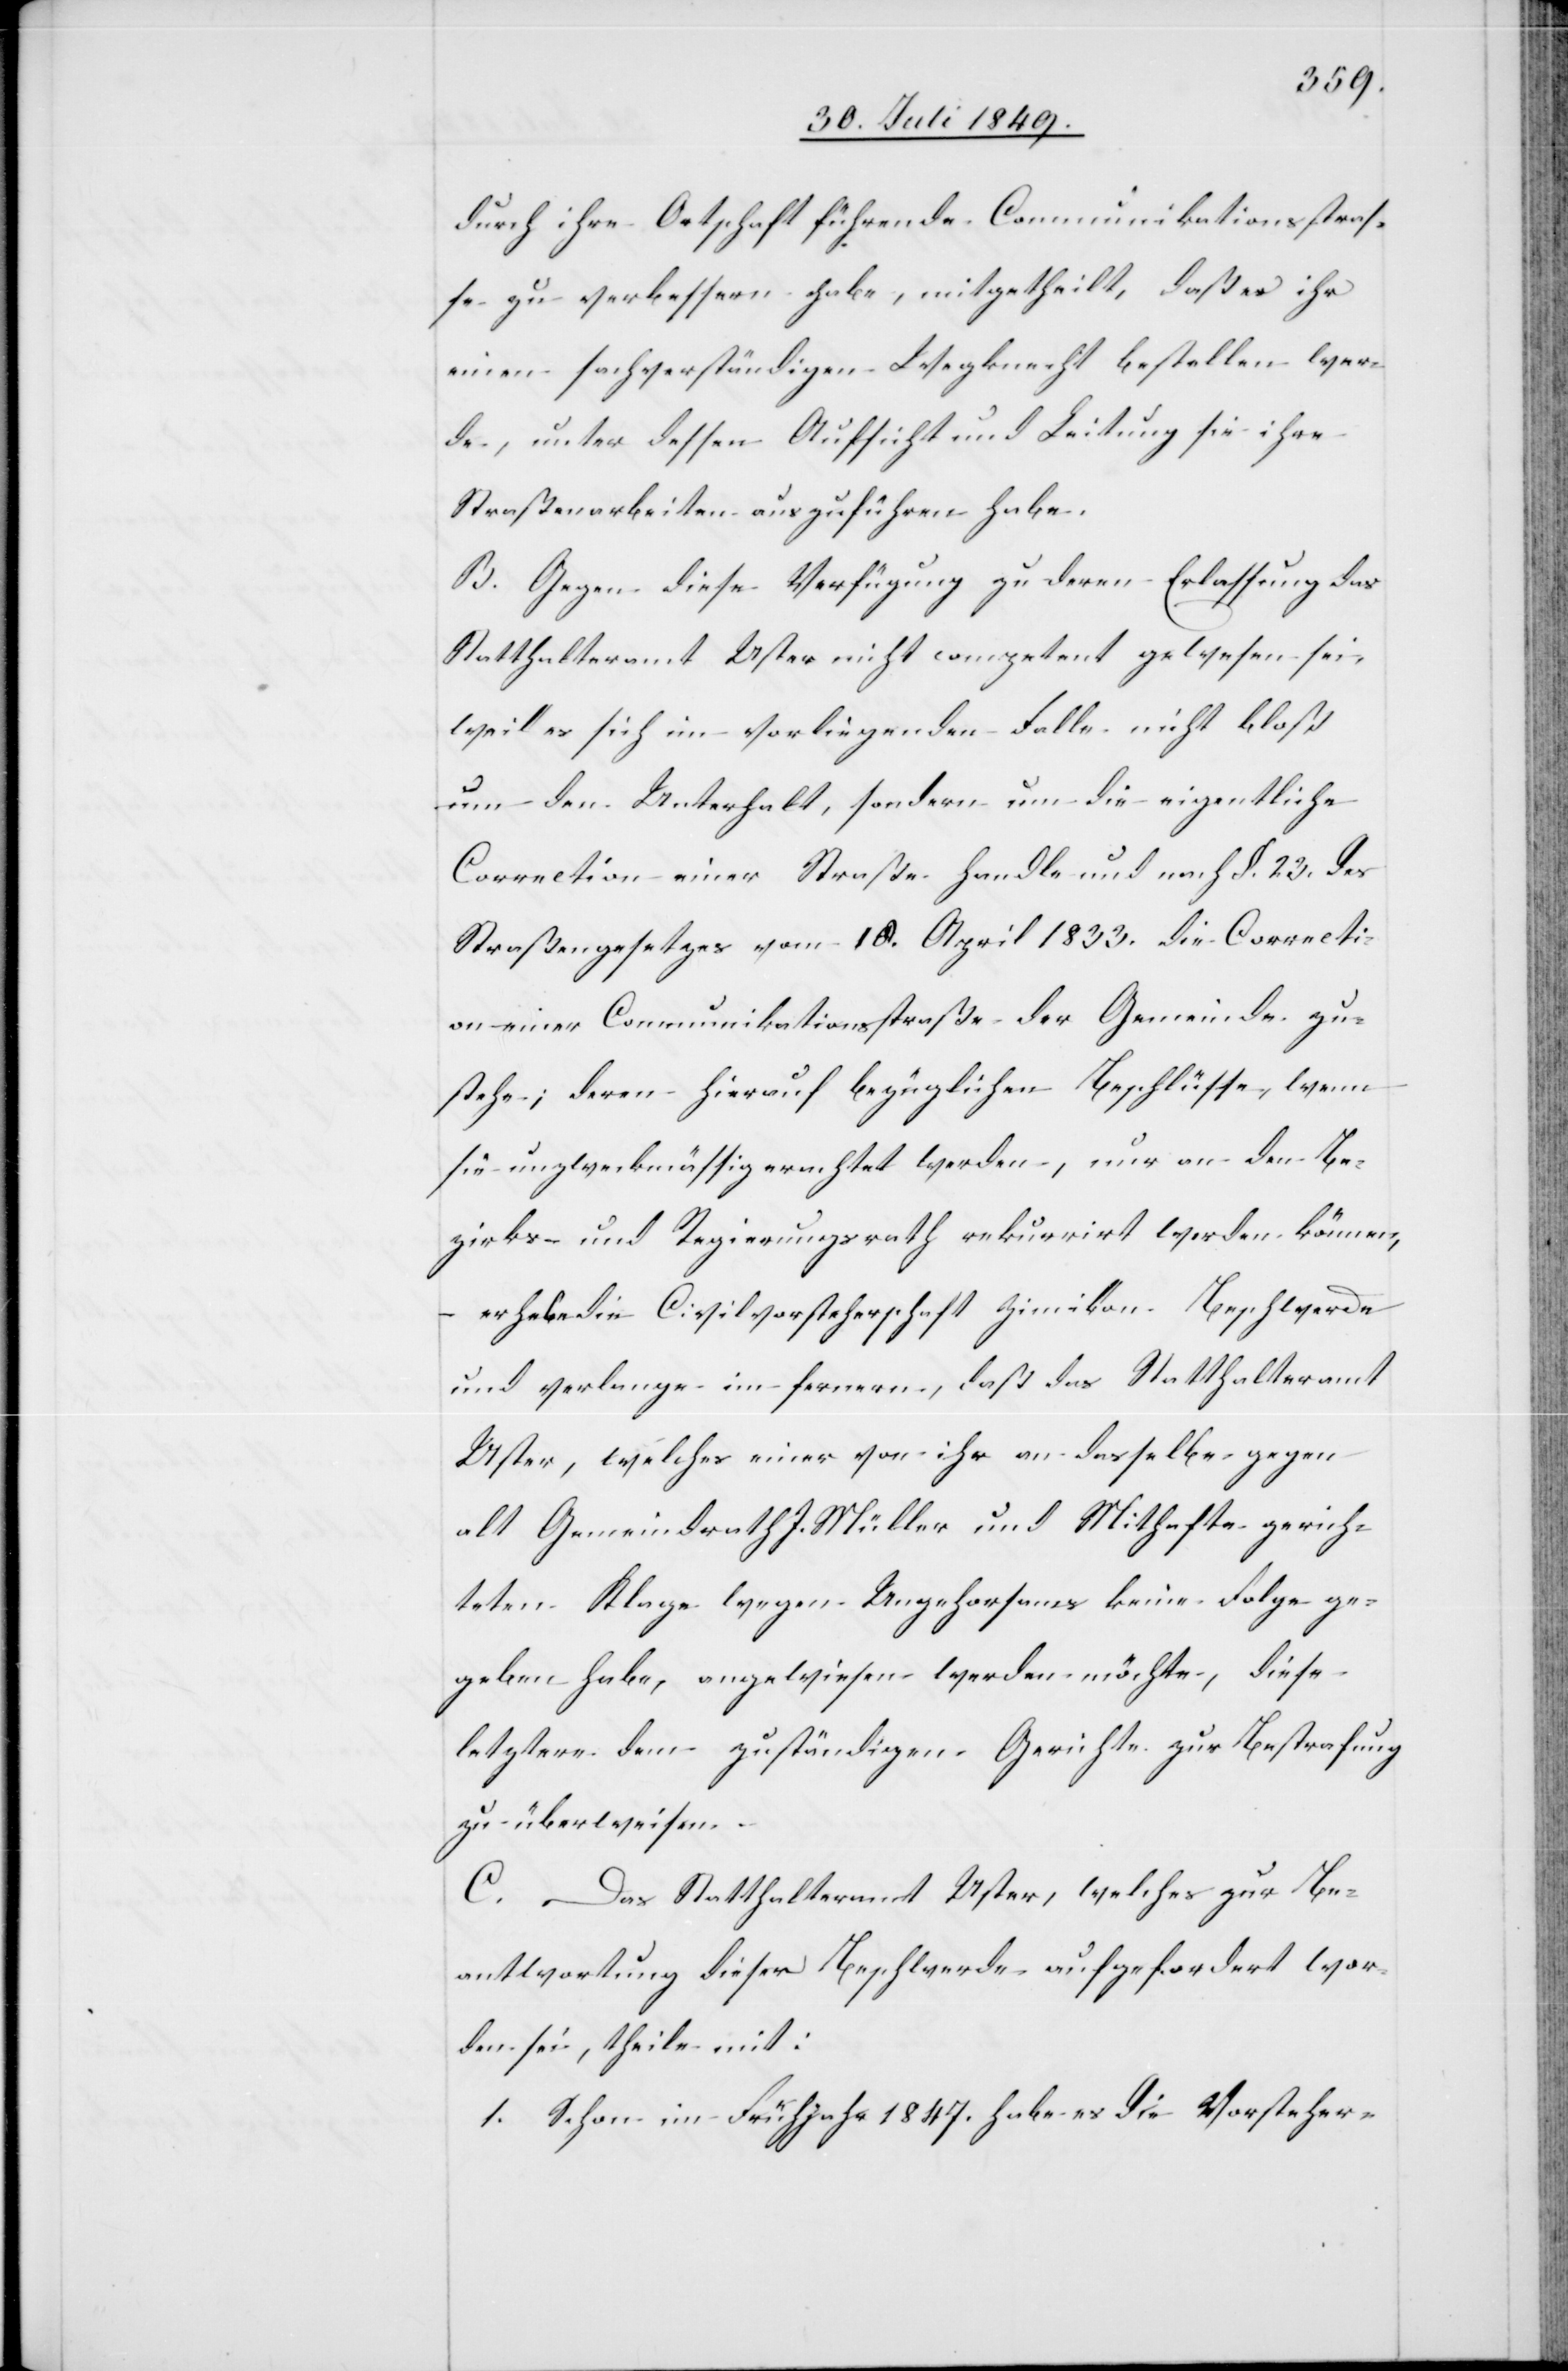
durch ihre Ortschaft führende Communikationsstras¬
se zu verbessern habe, mitgetheilt, daß es ihr
einen sachverständigen Wegknecht bestellen wer¬
de, unter dessen Aufsicht und Leitung sie ihre
Straßenarbeiten auszuführen habe.
B. Gegen diese Verfügung zu deren Erlassung das
Statthalteramt Uster nicht competent gewesen sei,
weil es sich im vorliegenden Falle nicht bloß
um den Unterhalt, sondern um die eigentliche
Correction einer Straße handle und nach §. 23. des
Straßengesetzes vom 10. April 1833. die Correcti¬
on einer Communikationsstraße der Gemeinde zu¬
stehe; deren hierauf bezüglichen Beschlüsse, wenn
sie unzweckmässig erachtet werden, nur an den Be¬
zirks- und Regierungsrath rekurrirt werden können,
erhebe die Civilvorsteherschaft Zimikon Beschwerde
und verlange im fernern, daß das Statthalteramt
Uster, welches einer von ihr an dasselbe gegen
alt Gemeindrath J. Müller und Mithafte gerich¬
teten Klage wegen Ungehorsams keine Folge ge¬
geben habe, angewiesen werden möchte, diese
letztere dem zuständigen Gerichte zur Bestrafung
zu überweisen.
C. Das Statthalteramt Uster, welches zur Be¬
antwortung dieser Beschwerde aufgefordert wor¬
den sei, theile mit:
1. Schon im Frühjahr 1847. habe es die Vorsteher-